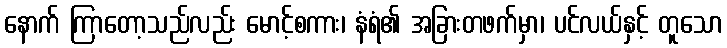
နောက် ကြာတော့သည်လည်း မောင့်စကား၊ နံရံ၏ အခြားတဖက်မှာ၊ ပင်လယ်နှင့် တူသော